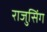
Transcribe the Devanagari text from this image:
राजुसिंग